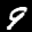
Label: 9